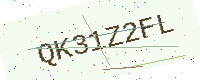
Text: QK31Z2FL